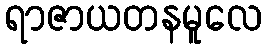
ရာဇာယတနမူလေ